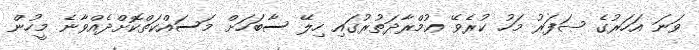
ވަނަ އަހަރުގެ ޞަފަރު މަހު ކުރެވޭ ޢުމްރާދަތުރުގައި ހިލޭ ސާބަހަށް މަސައްކަތްކޮށްދެއްވާނެ މީހުން